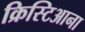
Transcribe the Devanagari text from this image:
क्रिस्टिआना